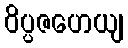
ဝိပ္ပဇဟေယျ